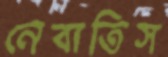
নেবাতিস